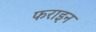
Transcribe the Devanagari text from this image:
फराइन